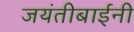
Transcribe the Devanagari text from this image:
जयंतीबाईंनी